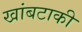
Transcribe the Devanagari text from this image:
खांबटाकी